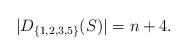
LaTeX: \begin{align*}|D_{\{1,2,3,5\}}(S)|=n+4.\end{align*}